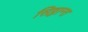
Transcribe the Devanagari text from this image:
सिठ्ठान्त